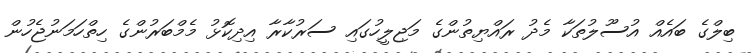
ބިލްގެ ބައެއް އުސޫލުތަކާ މެދު ރައްޔިތުންގެ މަޖިލީހުގައި ސަރުކާރާ އިދިކޮޅު މެމްބަރުންގެ ހިތްހަމަނުޖެހުން